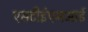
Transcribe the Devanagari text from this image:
एसटीईएमआई